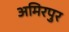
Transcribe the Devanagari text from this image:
अमिरपुर